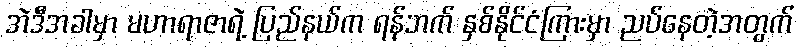
အဲဒီအခါမှာ မဟာရာဇာရဲ့ ပြည်နယ်က ရန်ဘက် နှစ်နိုင်ငံကြားမှာ ညပ်နေတဲ့အတွက်